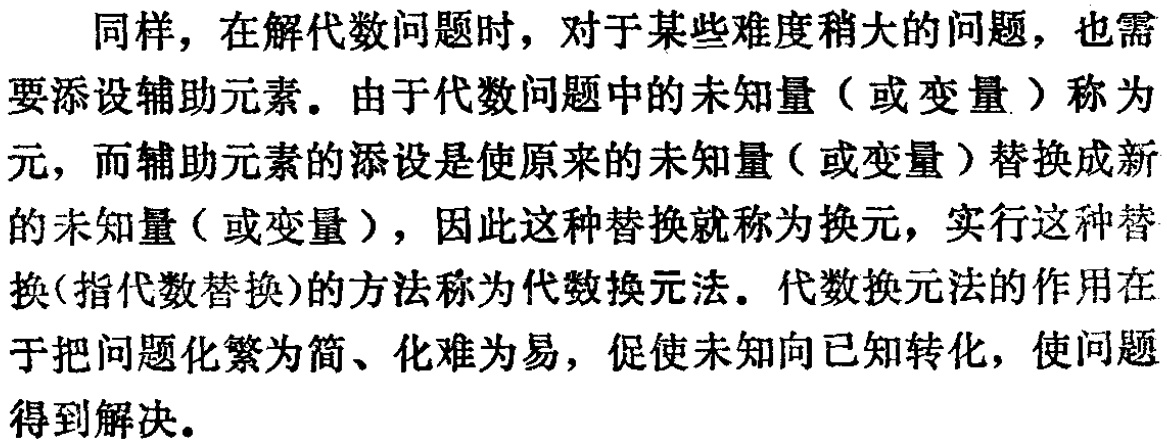
同样，在解代数问题时，对于某些难度稍大的问题，也需要添设辅助元素。由于代数问题中的未知量（或变量）称为元，而辅助元素的添设是使原来的未知量（或变量）替换成新的未知量（或变量），因此这种替换就称为换元，实行这种替换(指代数替换)的方法称为代数换元法。代数换元法的作用在于把问题化繁为简、化难为易，促使未知向已知转化，使问题得到解决。